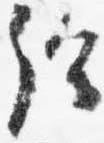
給